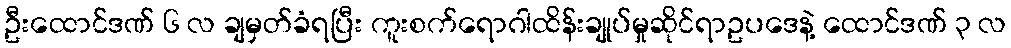
ဦးထောင်ဒဏ် ၆ လ ချမှတ်ခံရပြီး ကူးစက်ရောဂါထိန်းချုပ်မှုဆိုင်ရာဥပဒေနဲ့ ထောင်ဒဏ် ၃ လ